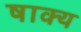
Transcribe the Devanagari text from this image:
षाक्य